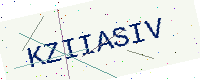
Text: KZIIASIV